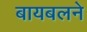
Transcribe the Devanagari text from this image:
बायबलने